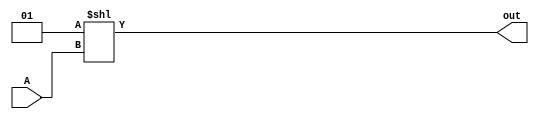

module onehot16(output wire [15:0] out, input wire [3:0] A);

   assign out = 1 << A;

endmodule